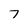
Character: 7